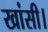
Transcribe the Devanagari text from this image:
खांसी।